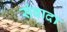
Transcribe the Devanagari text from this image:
संवादा